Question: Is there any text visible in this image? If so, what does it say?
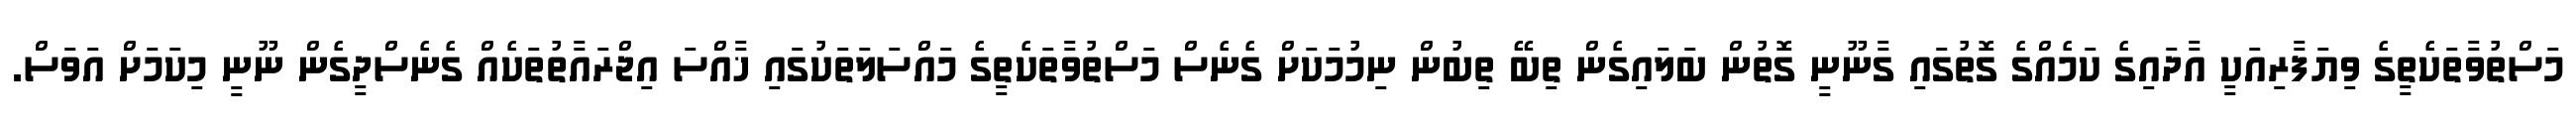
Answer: މަސްތުވާތަކެތީގެ ވިޔަފާރިއަކީ އާދައިގެ ކަމެއްގެ ގޮތުގައި ގާނޫނީ ގޮތުން ބަލައިގެން ތިބޭ ތިބުން ނިމުމަކަށް ގެނެސް މަސްތުވާތަކެތީގެ މައްސަލަތަކުގައި ޚާއްސަ އިޖްރައާތުތަކެއް ގެނެސްދީގެން ނޫނީ މިކަމަށް އަވަސް.